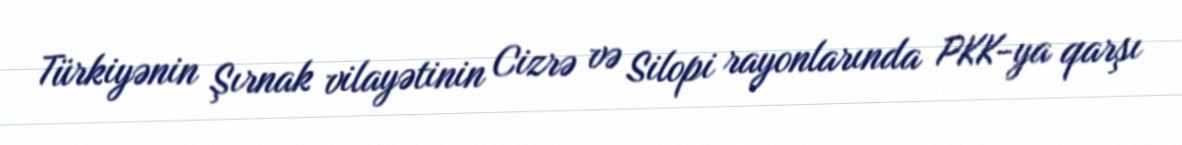
Türkiyənin Şırnak vilayətinin Cizrə və Silopi rayonlarında PKK-ya qarşı